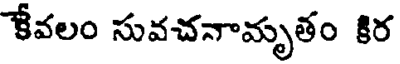
కేవలం సువచనామృతం కిర